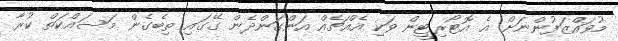
މުވައްޒަފުންނަށް އެ އޮޓޯރިޓީން ވަކި އެއްޗެއް އަންގަންދެން ގޭގައި ތިބެގެން މަސައްކަތް ކުރާ